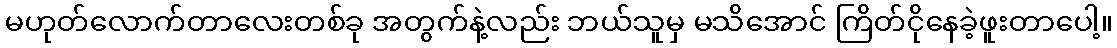
မဟုတ်လောက်တာလေးတစ်ခု အတွက်နဲ့လည်း ဘယ်သူမှ မသိအောင် ကြိတ်ငိုနေခဲ့ဖူးတာပေါ့။